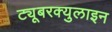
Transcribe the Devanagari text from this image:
ट्यूबरक्युलाइन